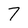
Character: 7